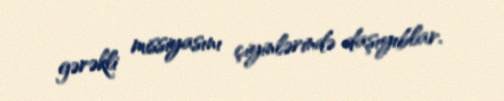
gərəkli missiyasını çiyinlərində daşıyıblar.